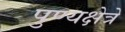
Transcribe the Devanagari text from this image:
पुण्यक्षेत्रे